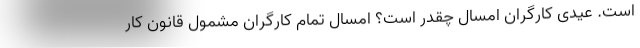
است. عیدی کارگران امسال چقدر است؟ امسال تمام کارگران مشمول قانون کار